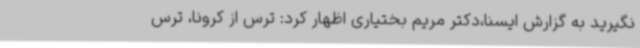
نگیرید به گزارش ایسنا،دکتر مریم بختیاری اظهار کرد: ترس از کرونا، ترس